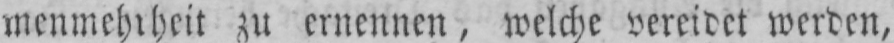
zu ernennen, welche vereidet werden,